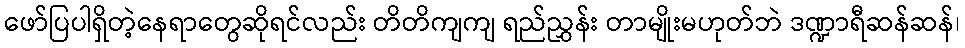
ဖော်ပြပါရှိတဲ့နေရာတွေဆိုရင်လည်း တိတိကျကျ ရည်ညွှန်း တာမျိုးမဟုတ်ဘဲ ဒဏ္ဍာရီဆန်ဆန်၊